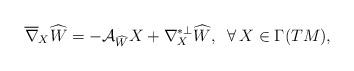
LaTeX: \begin{align*} \overline{\nabla}_{X}\widehat{W}=-\mathcal{A}_{\widehat{W}}X+\nabla^{*\perp}_{X}\widehat{W}, \;\;\forall\, X\in\Gamma(TM),\end{align*}